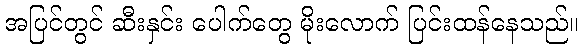
အပြင်တွင် ဆီးနှင်း ပေါက်တွေ မိုးလောက် ပြင်းထန်နေသည်။